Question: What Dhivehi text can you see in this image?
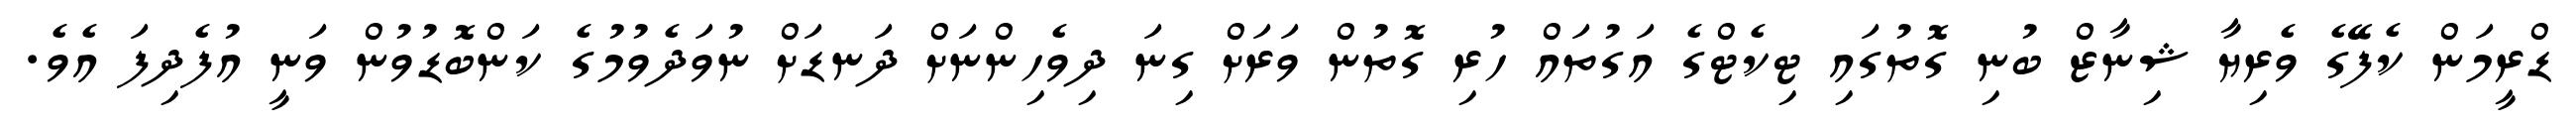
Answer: ޑްރީމަން ކެފޭގެ ވެރިޔާ ޝިނާޒް ބުނި ގޮތުގައި ޓިކެޓްގެ އަގުތައް ހުރި ގޮތުން ވަރަށް ގިނަ ދިވެހިންނަށް ދަނޑަށް ނުވަދެވުމުގެ ކަންބޮޑުވުން ވަނީ އުފެދިފަ އެވެ.